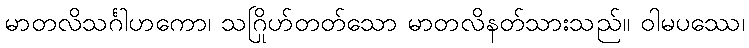
မာတလိသင်္ဂါဟကော၊ သဂြိုဟ်တတ်သော မာတလိနတ်သားသည်။ ဝါမပဿေ၊